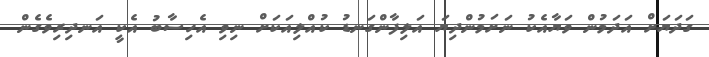
ގަދަޔަށް އަދަމުން ވަޔާއެކު ނަށަމުންދިޔަ އަލިފާންގަނޑު ކުއްލިއަކަށް ނިވި އެހިސާބު އެކީ އަނދިރިވެގެން